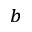
^ b